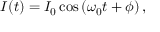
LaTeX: I ( t ) = I _ { 0 } \cos \left( \omega _ { 0 } t + \phi \right) ,